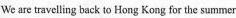
We are travelling back to Hong Kong for the summer